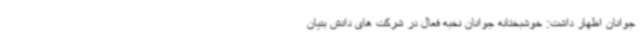
جوانان اظهار داشت: خوشبختانه جوانان نخبه فعال در شرکت های دانش بنیان